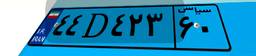
۴۴D۴۲۳۶۰